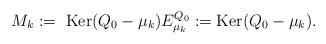
LaTeX: \begin{align*}M_k:=\ \mathrm{Ker}(Q_0-\mu_k)E_{\mu_k}^{Q_0}:=\mathrm{Ker}(Q_0-\mu_k).\end{align*}